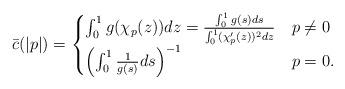
LaTeX: \begin{align*}\bar c(|p|) =\begin{cases} \int_0^1 g(\chi_p(z))dz=\frac{\int_0^1 g(s)ds }{ \int_0^1 (\chi_p'(z))^2 dz} & p\neq 0\\ \left(\int_0^1 \frac{1}{g(s)} ds\right)^{-1} & p=0.\end{cases}\end{align*}